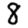
Digit: 8